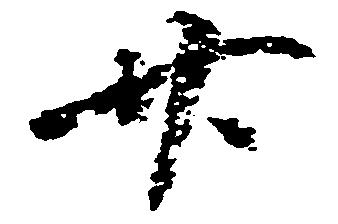
廿